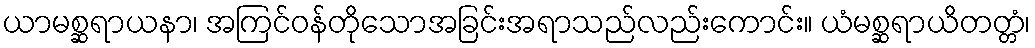
ယာမစ္ဆရာယနာ၊ အကြင်ဝန်တိုသောအခြင်းအရာသည်လည်းကောင်း။ ယံမစ္ဆရာယိတတ္တံ၊